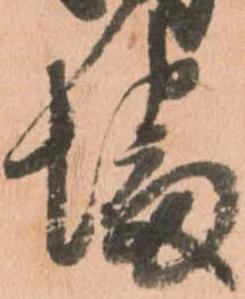
幡